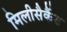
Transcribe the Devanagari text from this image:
मिलीसैकैंड